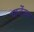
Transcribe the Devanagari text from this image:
चार्जेक्स